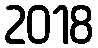
2018